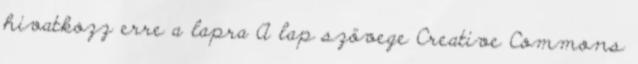
hivatkozz erre a lapra A lap szövege Creative Commons